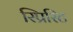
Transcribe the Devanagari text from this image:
स्प्रिरिट